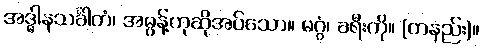
အဒ္ဓါနသင်္ခါတံ၊ အဓွန့်ဟုဆိုအပ်သော။ မဂ္ဂံ၊ ခရီးကို။ (တနည်း)။